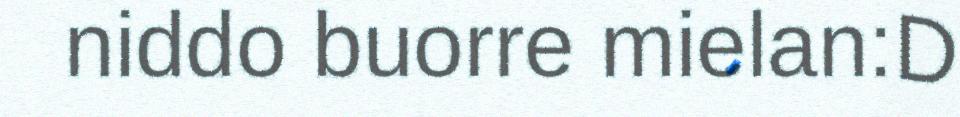
niddo buorre mielan:D